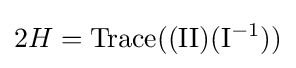
2H={\text{Trace}}((\mathrm {II} )(\mathrm {I} ^{-1}))